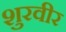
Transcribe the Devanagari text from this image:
शुरवीर